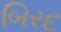
બિરદ